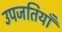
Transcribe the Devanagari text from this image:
उपजतियाँ